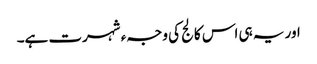
اور یہ ہی اس کالج کی وجہء شہرت ہے۔